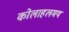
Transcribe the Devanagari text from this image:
कोलाहलमय